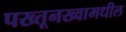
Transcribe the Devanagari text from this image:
पख्तूनख्वामधील